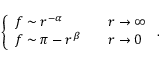
\left\{ \begin{array} { l c l } { { f \sim r ^ { - \alpha } } } & { { } } & { { r \rightarrow \infty } } \\ { { f \sim \pi - r ^ { \beta } } } & { { } } & { { r \rightarrow 0 } } \end{array} \right. .